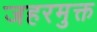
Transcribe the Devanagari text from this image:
जहरमुक्त